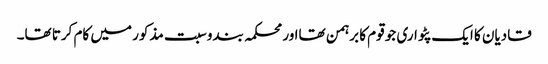
قادیان کا ایک پٹواری جو قوم کا برہمن تھااور محکمہ بندوسبت مذکور میں کام کرتا تھا۔